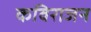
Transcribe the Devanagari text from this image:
कविराजन